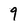
Character: 9